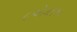
૯એમ૧૧૧